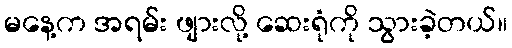
မနေ့က အရမ်း ဖျားလို့ ဆေးရုံကို သွားခဲ့တယ်။